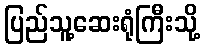
ပြည်သူ့ဆေးရုံကြီးသို့